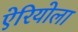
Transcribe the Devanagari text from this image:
ऐरियोला